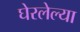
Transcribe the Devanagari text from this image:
घेरलेल्या